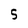
Character: 5